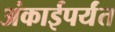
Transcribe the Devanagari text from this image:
अंकाईपर्यंत